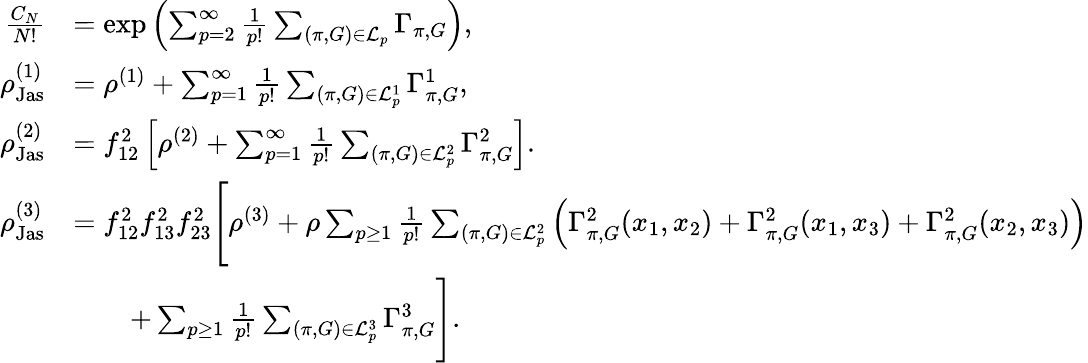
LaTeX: \begin{array}{rl}{\frac{C_{N}}{N!}}&{=\exp\left(\sum_{p=2}^{\infty}\frac{1}{p!}\sum_{(\pi,G)\in\mathcal{L}_{p}}\Gamma_{\pi,G}\right),}\\ {\rho_{\textnormal{Jas}}^{(1)}}&{=\rho^{(1)}+\sum_{p=1}^{\infty}\frac{1}{p!}\sum_{(\pi,G)\in\mathcal{L}_{p}^{1}}\Gamma_{\pi,G}^{1},}\\ {\rho_{\textnormal{Jas}}^{(2)}}&{=f_{12}^{2}\left[\rho^{(2)}+\sum_{p=1}^{\infty}\frac{1}{p!}\sum_{(\pi,G)\in\mathcal{L}_{p}^{2}}\Gamma_{\pi,G}^{2}\right].}\\ {\rho_{\textnormal{Jas}}^{(3)}}&{=f_{12}^{2}f_{13}^{2}f_{23}^{2}\Biggl[\rho^{(3)}+\rho\sum_{p\geq 1}\frac{1}{p!}\sum_{(\pi,G)\in\mathcal{L}_{p}^{2}}\left(\Gamma_{\pi,G}^{2}(x_{1},x_{2})+\Gamma_{\pi,G}^{2}(x_{1},x_{3})+\Gamma_{\pi,G}^{2}(x_{2},x_{3})\right)}\\ &{\qquad+\sum_{p\geq 1}\frac{1}{p!}\sum_{(\pi,G)\in\mathcal{L}_{p}^{3}}\Gamma_{\pi,G}^{3}\Biggr].}\end{array}